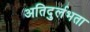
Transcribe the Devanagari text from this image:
अतिदुर्लभता